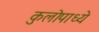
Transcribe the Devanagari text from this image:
कुलोपाध्ये